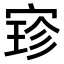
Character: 𫳚